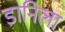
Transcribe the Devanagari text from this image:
डानिला